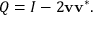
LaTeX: Q = I - 2 \mathbf { v } \mathbf { v } ^ { * } .